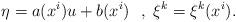
LaTeX: \begin{align*}\eta =a(x^{i})u+b(x^{i})~~,~\xi ^{k}=\xi ^{k}(x^{i}). \end{align*}